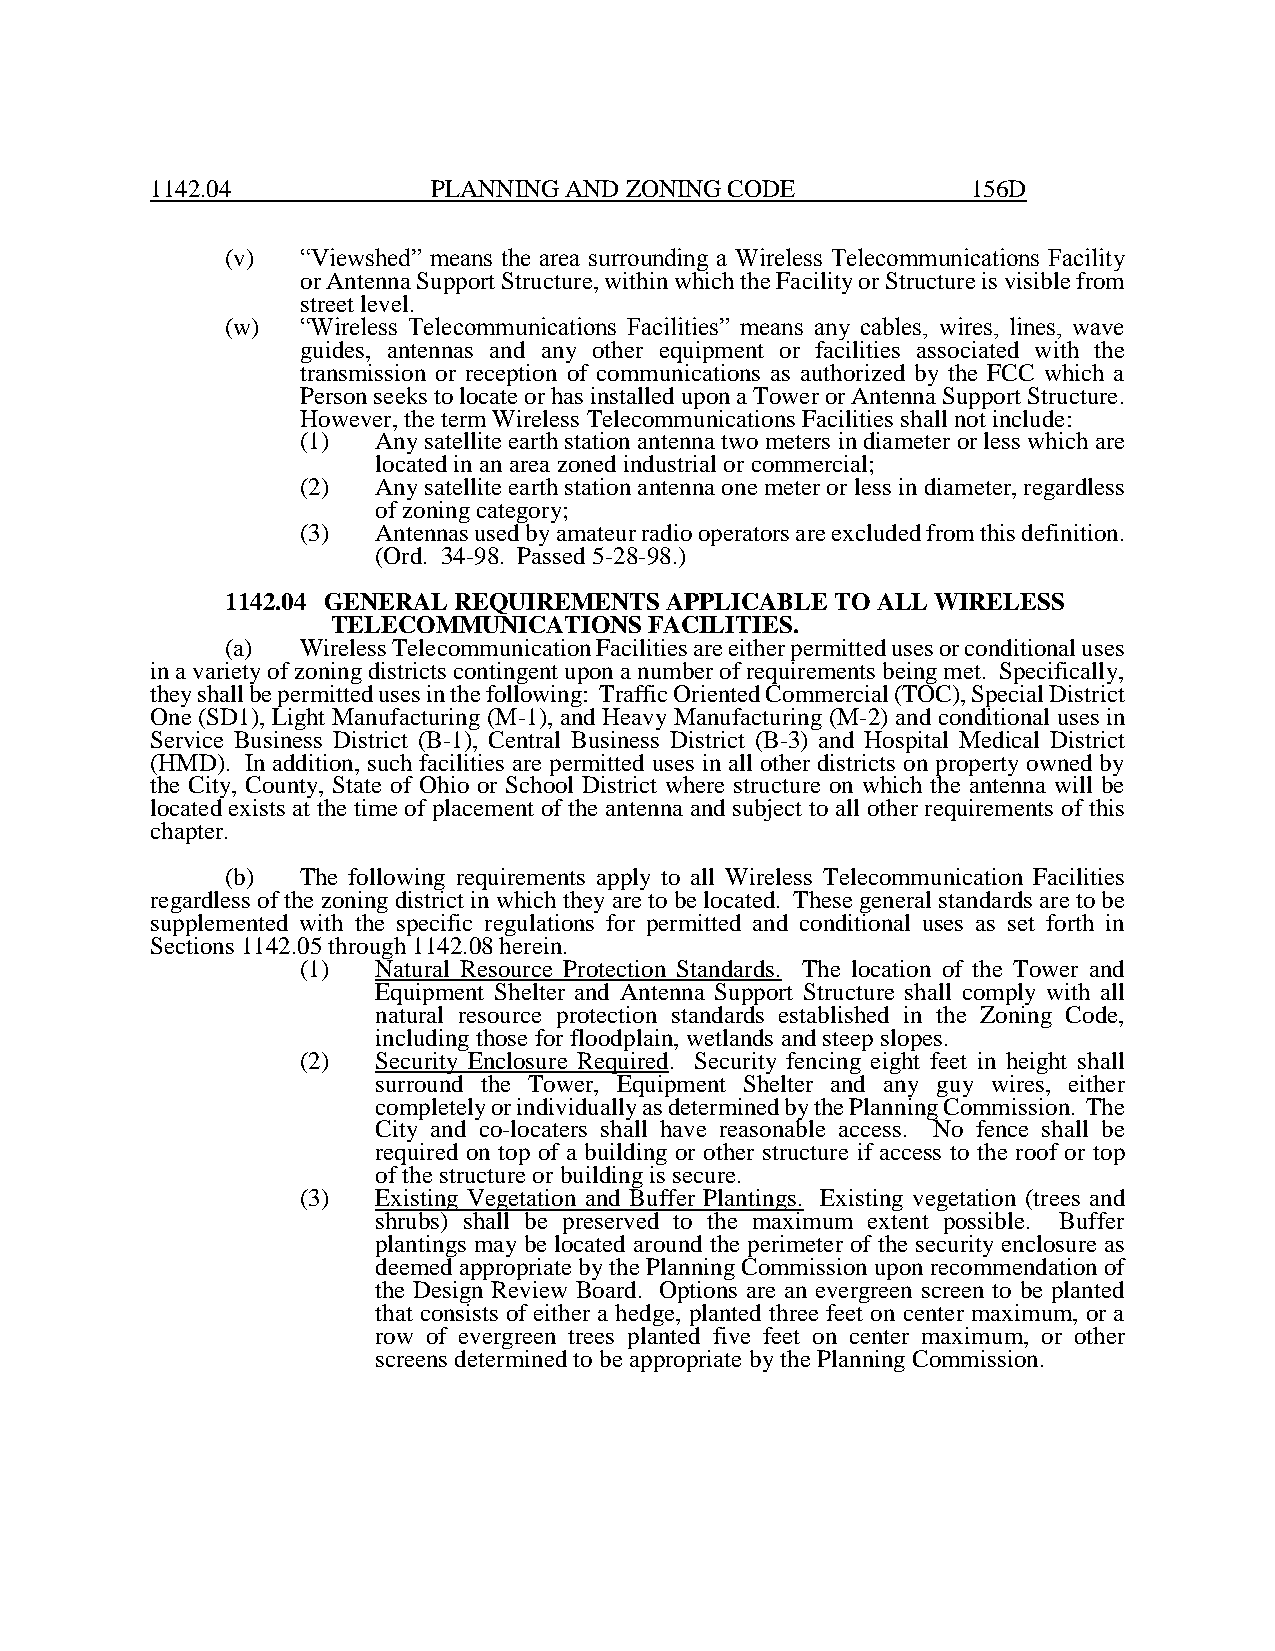
1142.04            PLANNING AND ZONING CODE           156D
 (v)  “Viewshed” means the area surrounding a Wireless Telecommunications Facility
 or Antenna Support Structure, within which the Facility or Structure is visible from
 street level.
 (w)  “Wireless Telecommunications Facilities” means any cables, wires, lines, wave
 guides, antennas and any other equipment or facilities associated with the
 transmission or reception of communications as authorized by the FCC which a
 Person seeks to locate or has installed upon a Tower or Antenna Support Structure.
 However, the term Wireless Telecommunications Facilities shall not include:
 (1)  Any satellite earth station antenna two meters in diameter or less which are
 located in an area zoned industrial or commercial;
 (2)  Any satellite earth station antenna one meter or less in diameter, regardless
 of zoning category;
 (3)  Antennas used by amateur radio operators are excluded from this definition.
 (Ord. 34-98. Passed 5-28-98.)
 1142.04 GENERAL REQUIREMENTS APPLICABLE TO ALL WIRELESS
 TELECOMMUNICATIONS   FACILITIES.
 (a)  Wireless Telecommunication Facilities are either permitted uses or conditional uses
 in a variety of zoning districts contingent upon a number of requirements being met. Specifically,
 they shall be permitted uses in the following: Traffic Oriented Commercial (TOC), Special District
 One (SD1), Light Manufacturing (M-1), and Heavy Manufacturing (M-2) and conditional uses in
 Service Business District (B-1), Central Business District (B-3) and Hospital Medical District
 (HMD). In addition, such facilities are permitted uses in all other districts on property owned by
 the City, County, State of Ohio or School District where structure on which the antenna will be
 located exists at the time of placement of the antenna and subject to all other requirements of this
 chapter.
 (b)  The following requirements apply to all Wireless Telecommunication Facilities
 regardless of the zoning district in which they are to be located. These general standards are to be
 supplemented with the specific regulations for permitted and conditional uses as set forth in
 Sections 1142.05 through 1142.08 herein.
 (1)  Natural Resource Protection Standards. The location of the Tower and
 Equipment Shelter and Antenna Support Structure shall comply with all
 natural resource protection standards established in the Zoning Code,
 including those for floodplain, wetlands and steep slopes.
 (2)  Security Enclosure Required. Security fencing eight feet in height shall
 surround the Tower, Equipment Shelter and any guy wires, either
 completely or individually as determined by the Planning Commission. The
 City and co-locaters shall have reasonable access. No fence shall be
 required on top of a building or other structure if access to the roof or top
 of the structure or building is secure.
 (3)  Existing Vegetation and Buffer Plantings. Existing vegetation (trees and
 shrubs) shall be preserved to the maximum extent possible. Buffer
 plantings may be located around the perimeter of the security enclosure as
 deemed appropriate by the Planning Commission upon recommendation of
 the Design Review Board. Options are an evergreen screen to be planted
 that consists of either a hedge, planted three feet on center maximum, or a
 row of evergreen trees planted five feet on center maximum, or other
 screens determined to be appropriate by the Planning Commission.